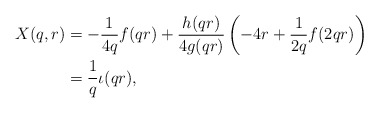
\begin{align*}X(q,r) &= -\frac{1}{4q}f(qr) + \frac{h(qr)}{4g(qr)}\left(-4r + \frac{1}{2q}f(2qr)\right)\\&= \frac{1}{q}\iota(qr),\end{align*}